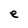
Character: e